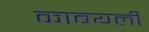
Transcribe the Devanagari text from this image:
काबयली